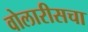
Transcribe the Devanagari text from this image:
वोलारीसचा